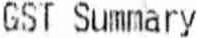
GST SUMMARY